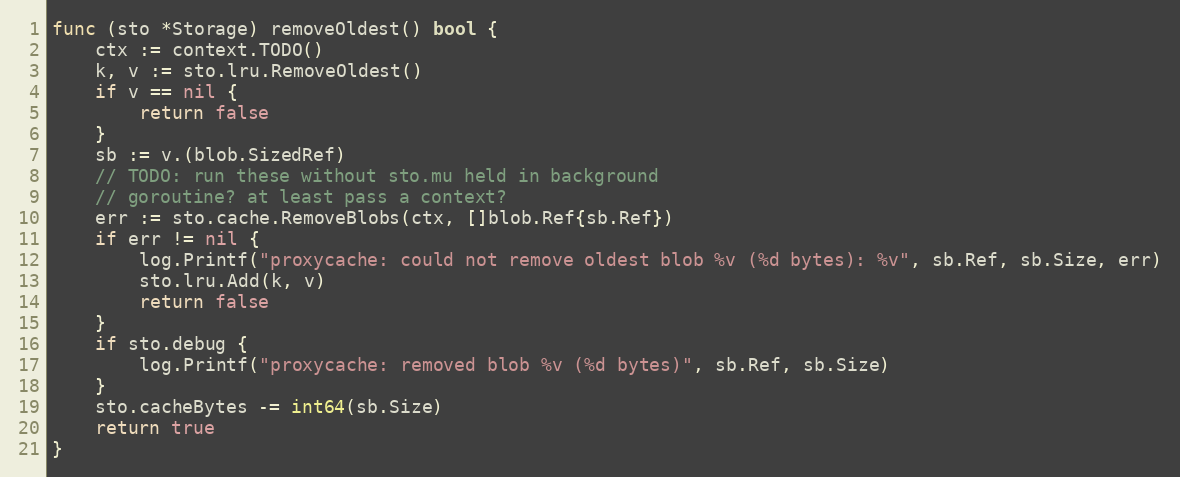
Language: Go
func (sto *Storage) removeOldest() bool {
	ctx := context.TODO()
	k, v := sto.lru.RemoveOldest()
	if v == nil {
		return false
	}
	sb := v.(blob.SizedRef)
	// TODO: run these without sto.mu held in background
	// goroutine? at least pass a context?
	err := sto.cache.RemoveBlobs(ctx, []blob.Ref{sb.Ref})
	if err != nil {
		log.Printf("proxycache: could not remove oldest blob %v (%d bytes): %v", sb.Ref, sb.Size, err)
		sto.lru.Add(k, v)
		return false
	}
	if sto.debug {
		log.Printf("proxycache: removed blob %v (%d bytes)", sb.Ref, sb.Size)
	}
	sto.cacheBytes -= int64(sb.Size)
	return true
}